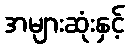
အများဆုံးနှင့်